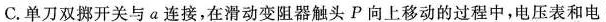
C.单刀双挪开关与α连接，在滑动变阻器触头P向上移动的过程中，电压表和电